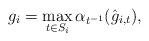
LaTeX: \begin{align*}g_i = \max_{t\in S_i} \alpha_{t^{-1}} (\hat{g}_{i,t} ) ,\end{align*}